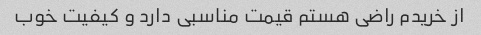
از خریدم راضی هستم قیمت مناسبی دارد و کیفیت خوب